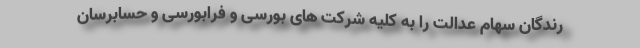
رندگان سهام عدالت را به کلیه شرکت های بورسی و فرابورسی و حسابرسان